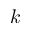
k